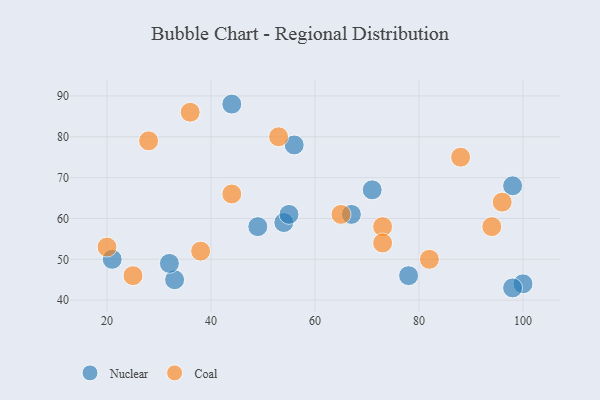
{"axis": {"x": "GDP", "y": "Life Expectancy"}, "legend": ["Coal", "Nuclear"], "data": [{"x": "100", "y": 44, "type": "Nuclear"}, {"x": "98", "y": 43, "type": "Nuclear"}, {"x": "56", "y": 78, "type": "Nuclear"}, {"x": "98", "y": 68, "type": "Nuclear"}, {"x": "44", "y": 88, "type": "Nuclear"}, {"x": "54", "y": 59, "type": "Nuclear"}, {"x": "49", "y": 58, "type": "Nuclear"}, {"x": "67", "y": 61, "type": "Nuclear"}, {"x": "78", "y": 46, "type": "Nuclear"}, {"x": "55", "y": 61, "type": "Nuclear"}, {"x": "33", "y": 45, "type": "Nuclear"}, {"x": "21", "y": 50, "type": "Nuclear"}, {"x": "32", "y": 49, "type": "Nuclear"}, {"x": "71", "y": 67, "type": "Nuclear"}, {"x": "94", "y": 58, "type": "Coal"}, {"x": "25", "y": 46, "type": "Coal"}, {"x": "88", "y": 75, "type": "Coal"}, {"x": "82", "y": 50, "type": "Coal"}, {"x": "96", "y": 64, "type": "Coal"}, {"x": "53", "y": 80, "type": "Coal"}, {"x": "44", "y": 66, "type": "Coal"}, {"x": "20", "y": 53, "type": "Coal"}, {"x": "73", "y": 58, "type": "Coal"}, {"x": "38", "y": 52, "type": "Coal"}, {"x": "73", "y": 54, "type": "Coal"}, {"x": "36", "y": 86, "type": "Coal"}, {"x": "28", "y": 79, "type": "Coal"}, {"x": "65", "y": 61, "type": "Coal"}]}